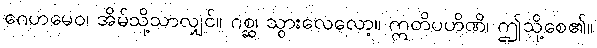
ဂေဟမေဝ၊ အိမ်သို့သာလျှင်။ ဂစ္ဆ၊ သွားလေလော့။ ဣတိပဟိဏိ၊ ဤသို့စေ၏။